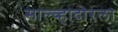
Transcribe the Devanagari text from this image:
साल्व्हादोरला